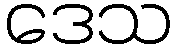
ဒေသ